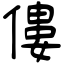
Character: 僂